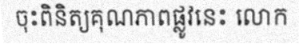
ចុះពិនិត្យគុណភាពផ្លូវនេះ លោក